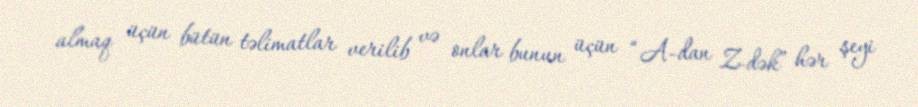
almaq üçün bütün təlimatlar verilib və onlar bunun üçün “A-dan Z-dək” hər şeyi